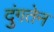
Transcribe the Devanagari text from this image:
दुंगतेन